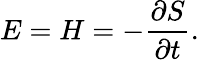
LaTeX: E=H=-{\frac{\partial S}{\partial t}}.